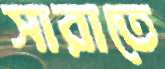
সারাতে